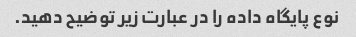
نوع پایگاه داده را در عبارت زیر توضیح دهید.